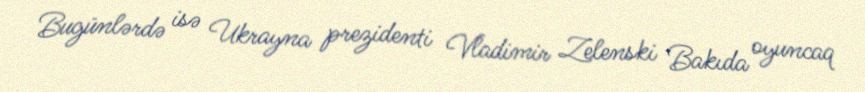
Bugünlərdə isə Ukrayna prezidenti Vladimir Zelenski Bakıda oyuncaq